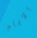
الايام